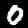
Digit: 0